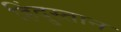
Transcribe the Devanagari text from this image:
हिंदु्स्तान